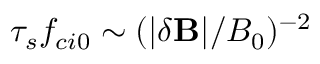
\tau _ { s } f _ { c i 0 } \sim ( | \delta \mathbf { B } | / B _ { 0 } ) ^ { - 2 }